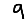
Digit: 9